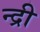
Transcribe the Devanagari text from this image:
न्द्री